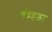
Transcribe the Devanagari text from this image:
चंद्रहड़ा